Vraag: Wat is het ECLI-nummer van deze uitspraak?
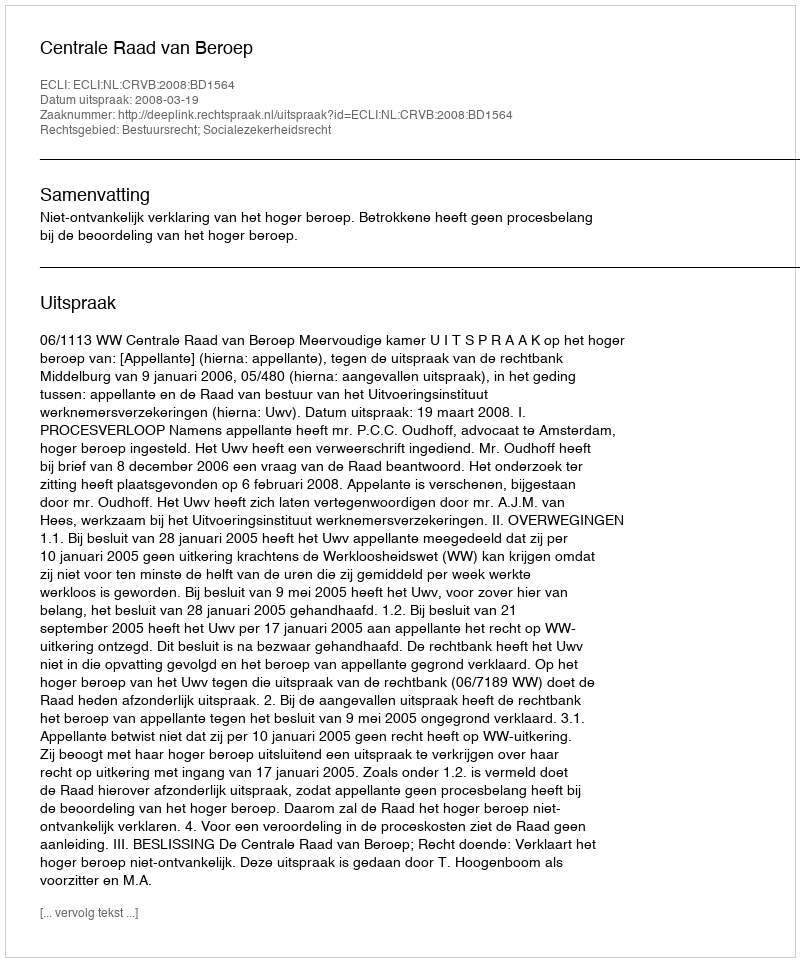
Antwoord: ECLI:NL:CRVB:2008:BD1564